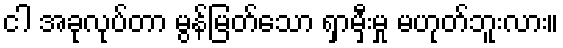
ငါ အခုလုပ်တာ မွန်မြတ်သော ရှာမှီးမှု မဟုတ်ဘူးလား။